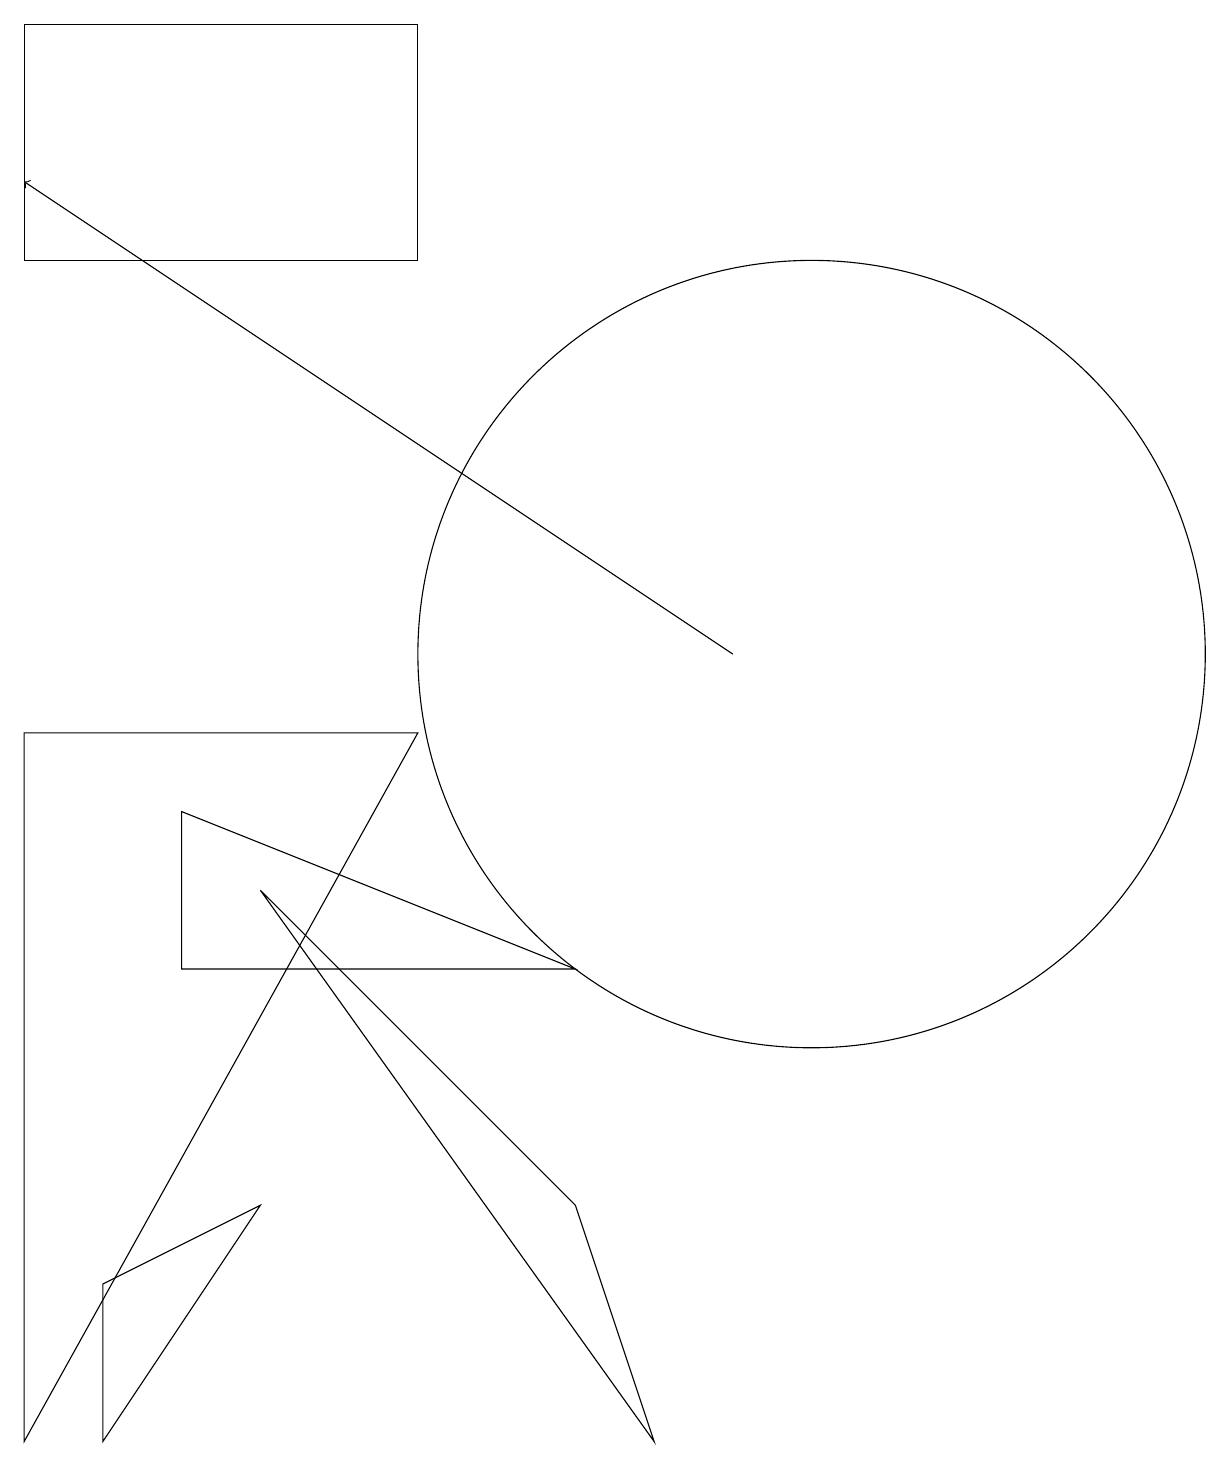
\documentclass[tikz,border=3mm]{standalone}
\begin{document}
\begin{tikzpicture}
\draw (3,7) -- (8,0) -- (7,3) -- cycle;
\draw (1,0) -- (3,3) -- (1,2) -- cycle;
\draw[->] (9,10) -- (0,16);
\draw (10,10) circle (5);
\draw (0,15) rectangle (5,18);
\draw (0,0) -- (5,9) -- (0,9) -- cycle;
\draw (7,6) -- (2,6) -- (2,8) -- cycle;
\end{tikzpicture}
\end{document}